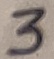
Text: 3